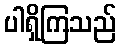
ပါရှိကြသည်